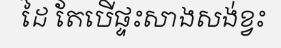
ដៃ តែបើផ្ទះសាងសង់ខ្វះ